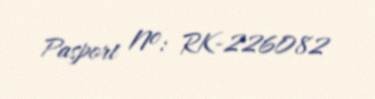
Pasport №: RK-226082